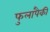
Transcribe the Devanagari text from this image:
फुलांपैकी